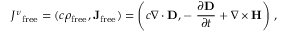
{ J ^ { \nu } } _ { \mathrm { f r e e } } = ( c \rho _ { \mathrm { f r e e } } , \mathbf { J } _ { \mathrm { f r e e } } ) = \left( c \nabla \cdot \mathbf { D } , - \ { \frac { \partial \mathbf { D } } { \partial t } } + \nabla \times \mathbf { H } \right) \, ,